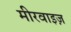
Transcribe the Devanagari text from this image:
मीरवाइज़